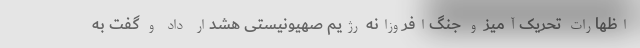
اظهارات تحریک‌آمیز و جنگ‌افروزانه رژیم صهیونیستی هشدار داد و گفت به